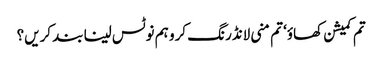
تم کمیشن کھاؤ‘ تم منی لانڈرنگ کرو ہم نوٹس لینا بند کریں؟